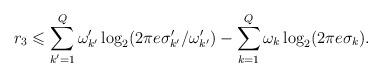
LaTeX: \begin{align*} r_3\leqslant \sum\limits_{k^{\prime}=1}^{Q}\omega^{\prime}_{k^{\prime}}\log_2 (2\pi e\sigma_{k^{\prime}}^{\prime}/\omega^{\prime}_{k^{\prime}})-\sum\limits_{k=1}^{Q}\omega_k\log_2 (2\pi e\sigma_k).\end{align*}